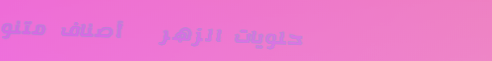
حلويات الزهر   أصناف متنو